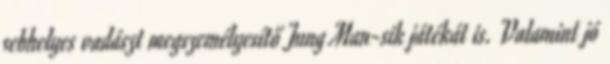
sebhelyes vadászt megszemélyesítő Jung Man-sik játékát is. Valamint jó